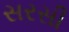
સરસી